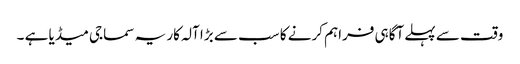
وقت سے پہلے آگاہی فراہم کرنے کا سب سے بڑا آلہ کار یہ سماجی میڈیا ہے ۔